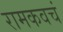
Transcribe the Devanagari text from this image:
रामकवचं